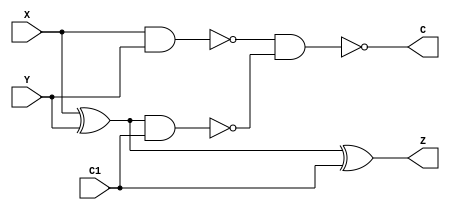
module fulladder(C1,X,Y,Z,C);
	input C1,X,Y; output Z,C; wire [3:1] t;

	xor G1(t[1],X,Y);
	nand G2(t[2],X,Y);
	xor G3(Z,t[1],C1);
	nand G4(t[3],t[1],C1);
	nand G5(C,t[2],t[3]);
endmodule

module adder4(C1,X,Y,Z,C);
	input [3:0]X,Y; input C1;
	output [3:0] Z; output C;
	wire [2:0] t;
	
	fulladder A0(1'b0,X[0],Y[0],Z[0],t[2]);
	fulladder A1(t[2],X[1],Y[1],Z[1],t[1]);
	fulladder A2(t[1],X[2],Y[2],Z[2],t[0]);
	fulladder A3(t[0],X[3],Y[3],Z[3],C);
endmodule

module ALU(X,Y,Z,sign,carry,zero,parity,overflow);
	input [15:0] X,Y;
	output [15:0] Z;
	output carry,sign,zero,parity,overflow;
	wire [2:0] t;
	
	assign sign=Z[15];
	assign zero=~|Z;
	assign parity=~^Z;
	assign overflow=(X[15]&Y[15]&~Z[15])|(~X[15]&~Y[15]&Z[15]);
	adder4 A0(1'b0,X[3:0],Y[3:0],Z[3:0],t[2]);
	adder4 A1(t[2],X[7:4],Y[7:4],Z[7:4],t[1]);
	adder4 A2(t[1],X[11:8],Y[11:8],Z[11:8],t[0]);
	adder4 A3(t[0],X[15:12],Y[15:12],Z[15:12],carry);
endmodule